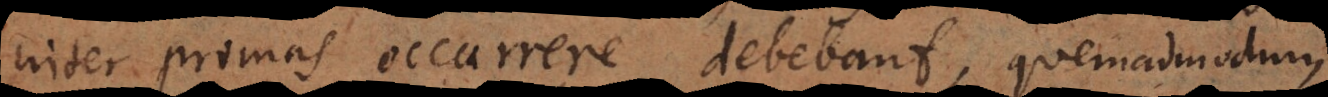
inter primas occurrere debebant, quemadmodum